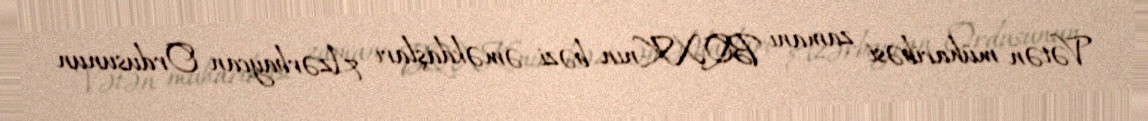
Vətən müharibəsi zamanı BQXK-nın bəzi əməkdaşları Azərbaycan Ordusunun